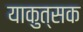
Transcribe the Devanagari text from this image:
याकुत्सक